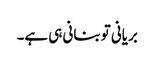
بریانی تو بنانی ہی ہے۔